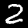
Label: 2